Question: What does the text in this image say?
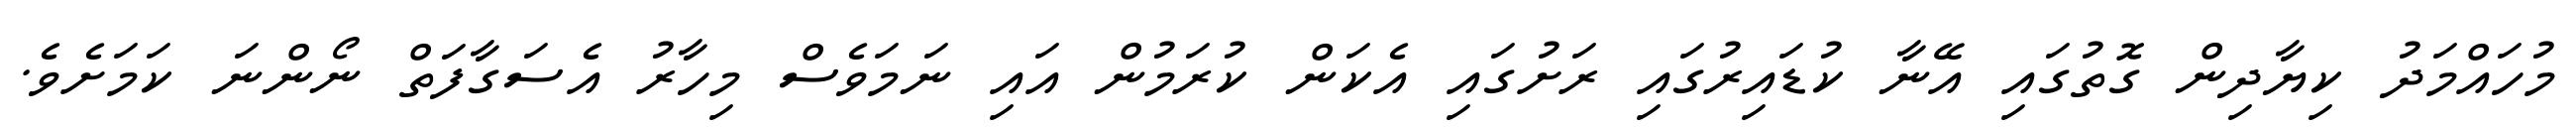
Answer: މުހައްމަދު ކިޔާދިން ގޮތުގައި އޭނާ ކުޑައިރުގައި ރަށުގައި އެކަން ކުރަމުން އައި ނަމަވެސް މިހާރު އެސަގާފަތް ނޯންނަ ކަމަށެވެ.